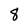
Character: 8